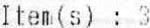
ITEM(S) : 3